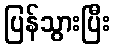
ပြန်သွားပြီး